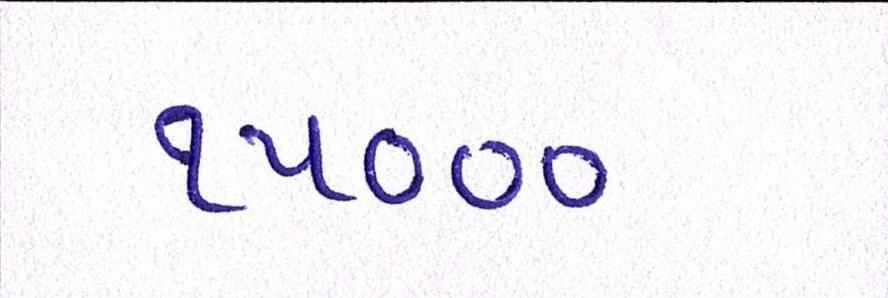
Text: ૧૫૦૦૦